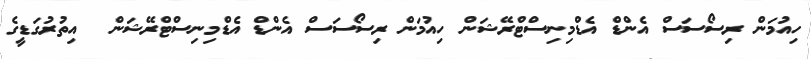
ހިއުމަން ރިސޯސަސް އެންޑް އެޑްމިނިސްޓްރޭޝަން ހިއުމަން ރިސޯސަސް އެންޑް އެޑްމިނިސްޓްރޭޝަން  އިތުރުގަޑީގެ